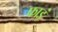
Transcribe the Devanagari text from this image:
फाइं